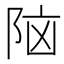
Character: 𮥅